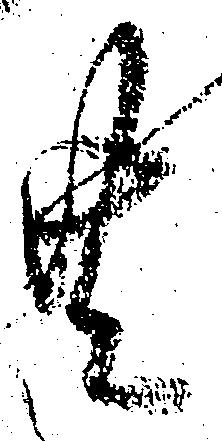
共